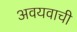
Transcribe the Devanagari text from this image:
अवयवाची